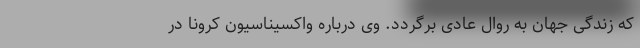
که زندگی جهان به روال عادی برگردد. وی درباره واکسیناسیون کرونا در